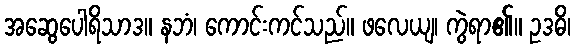
အဆွေပေါရိသာဒ။ နဘံ၊ ကောင်းကင်သည်။ ဖလေယျ၊ ကွဲရာ၏။ ဥဒဓိ၊